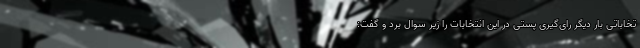
تخاباتی بار دیگر رای‌گیری پستی در این انتخابات را زیر سوال برد و گفت: